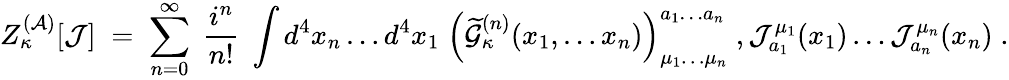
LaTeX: Z_{\kappa}^{({\cal A})}[{\cal J}]\; =\; \sum_{n=0}^{\infty}\; \frac{i^{n}}{n!}\; \int d^{4}x_{n}\ldots d^{4}x_{1}\; \left(\widetilde{\cal G}_{\kappa}^{(n)}(x_{1},\ldots x_{n})\right)_{\mu_{1}\ldots\mu_{n}}^{a_{1}\ldots a_{n}}\; ,{\cal J}_{a_{1}}^{\mu_{1}}(x_{1})\ldots{\cal J}_{a_{n}}^{\mu_{n}}(x_{n})\; .